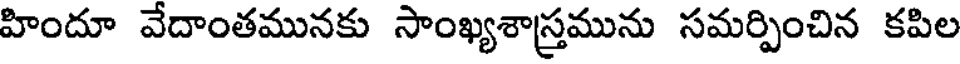
హిందూ వేదాంతమునకు సాంఖ్యశాస్తమును సమర్పించిన కపిల